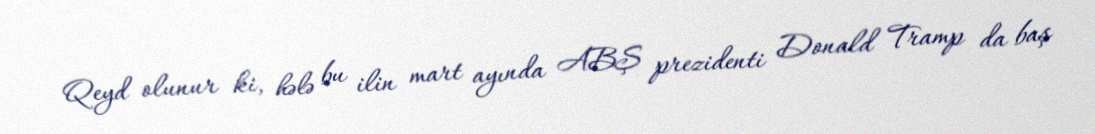
Qeyd olunur ki, hələ bu ilin mart ayında ABŞ prezidenti Donald Tramp da baş